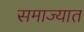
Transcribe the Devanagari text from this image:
समाज्यात